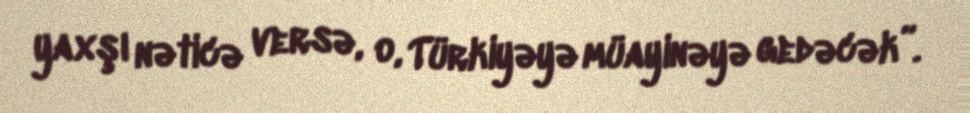
yaxşı nəticə versə, o, Türkiyəyə müayinəyə gedəcək”.